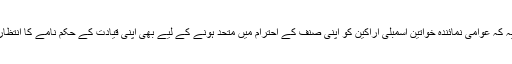
مختصراً یہ کہ عوامی نمائندہ خواتین اسمبلی اراکین کو اپنی صنف کے احترام میں متحد ہونے کے لیے بھی اپنی قیادت کے حکم نامے کا انتظار ہوتا ہے۔